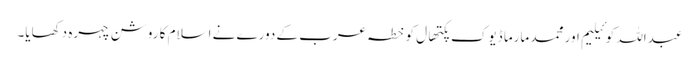
عبداللہ کوئیلیم اور محمد مارما ڈیوک پکتھال کو خطہ عرب کے دورے نے اسلام کا روشن چہرہ دکھایا۔